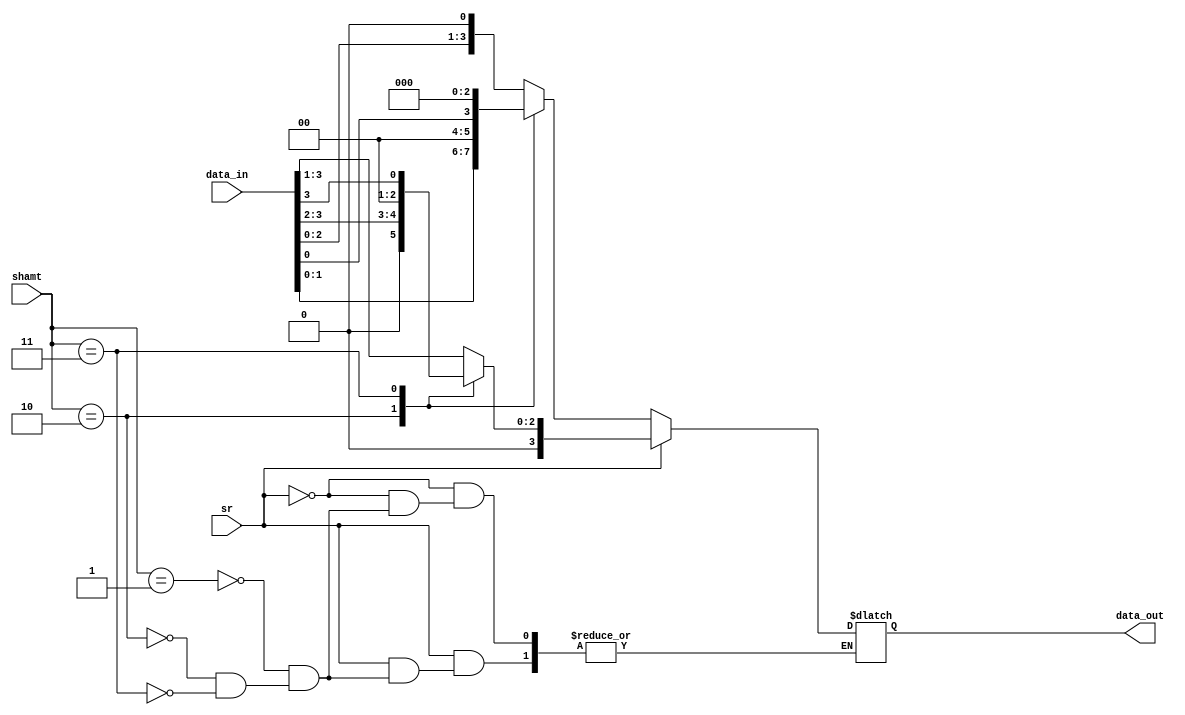
`timescale 1ns / 1ps

// variable shifter

module shifter(
	data_in,
	sr,
	shamt,
	data_out
    );
	
	input [3:0] data_in;
	input sr;
	input [1:0] shamt;
	output [3:0] data_out;
	
	reg [3:0] data_out;
	
	always@(*) begin
		if (sr) begin
			case(shamt)
				2'd1: data_out = {1'd0, data_in[3:1]};
				2'd2: data_out = {2'd0, data_in[3:2]};
				2'd3: data_out = {3'd0, data_in[3]};
				default: data_out = data_out;
			endcase
		end
		else begin
			case(shamt)
				2'd1: data_out = {data_in[2:0], 1'd0};
				2'd2: data_out = {data_in[1:0], 2'd0};
				2'd3: data_out = {data_in[0], 3'd0};
				default: data_out = data_out;
			endcase
		end
	end

endmodule